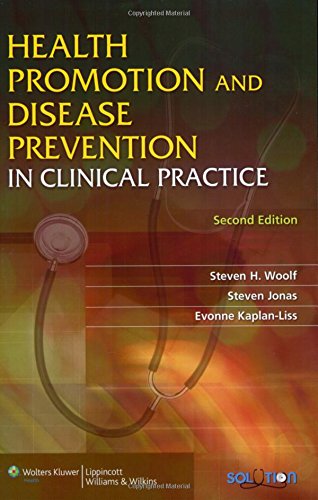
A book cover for Health Promotion and Disease Prevention in Clinical Practice (Health Promotion & Disease Prevention in Clin Practice); Medical Books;